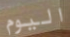
اليوم